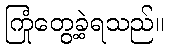
ကြုံတွေ့ခဲ့ရသည်။